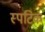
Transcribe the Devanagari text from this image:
स्पटिक